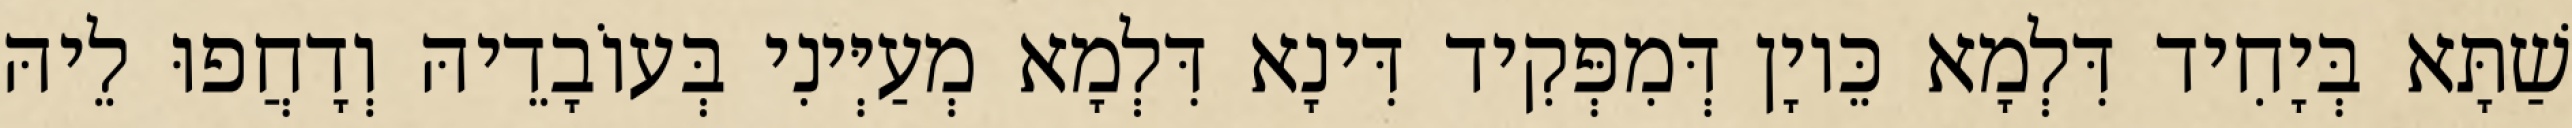
שַׁתָּא בְּיָחִיד דִּלְמָא כֵּיוָן דְּמִפְּקִיד דִּינָא דִּלְמָא מְעַיְּינִי בְּעוֹבָדֵיהּ וְדָחֲפוּ לֵיהּ